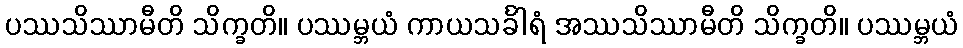
ပဿသိဿာမီတိ သိက္ခတိ။ ပဿမ္ဘယံ ကာယသင်္ခါရံ အဿသိဿာမီတိ သိက္ခတိ။ ပဿမ္ဘယံ